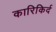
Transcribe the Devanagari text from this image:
कारिकिर्द